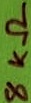
Text: 8KΩ